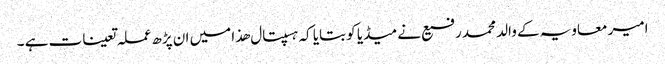
امیر معاویہ کے والد محمد رفیع نے میڈیا کو بتایا کہ ہسپتال ھذا میں ان پڑھ عملہ تعینات ہے ۔